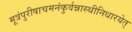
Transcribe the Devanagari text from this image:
मूत्रंपुरीषाचमनंकुर्वन्नास्थीनिधारयेत्